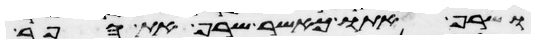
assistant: ושרף אתו כאשר שרף את הפר